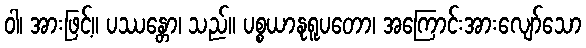
ဝါ၊ အားဖြင့်။ ပဿန္တော၊ သည်။ ပစ္စယာနုရူပတော၊ အကြောင်းအားလျော်သော